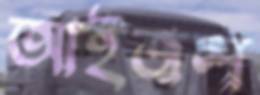
আইজল